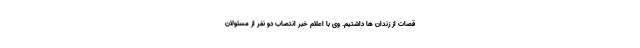
قصات از زندان ها داشتیم. وی با اعلام خبر انتصاب دو نفر از مسئولان